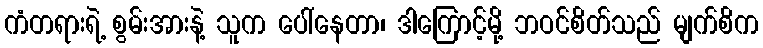
ကံတရားရဲ့ စွမ်းအားနဲ့ သူက ပေါ်နေတာ၊ ဒါကြောင့်မို့ ဘဝင်စိတ်သည် မျက်စိက